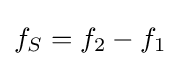
f_{S}=f_{2}-f_{1}